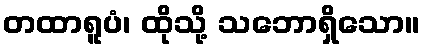
တထာရူပံ၊ ထိုသို့ သဘောရှိသော။